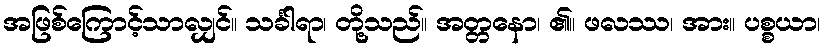
အဖြစ်ကြောင့်သာလျှင်။ သင်္ခါရာ၊ တို့သည်။ အတ္တနော၊ ၏။ ဖလဿ၊ အား။ ပစ္စယာ၊